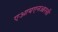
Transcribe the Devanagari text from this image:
एआयएनआरसी